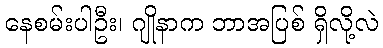
နေစမ်းပါဦး၊ ဂျိုနာက ဘာအပြစ် ရှိလို့လဲ